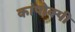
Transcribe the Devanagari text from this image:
कांपोक्पी